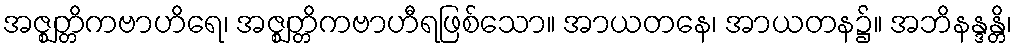
အဇ္ဈတ္တိကဗာဟိရေ၊ အဇ္ဈတ္တိကဗာဟီရဖြစ်သော။ အာယတနေ၊ အာယတန၌။ အဘိနန္ဒန္တိ၊